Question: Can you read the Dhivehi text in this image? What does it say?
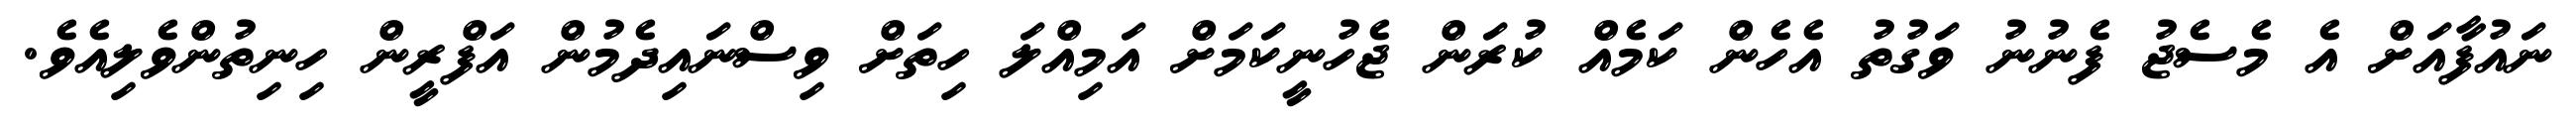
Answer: ނައުފާއަށް އެ މެސެޖު ފެނުނު ވަގުތު އެހެން ކަމެއް ކުރަން ޖެހުނީކަމަށް އަމިއްލަ ހިތަށް ވިސްނައިދެމުން އަފްރީން ހިނިތުންވެލިއެވެ.